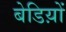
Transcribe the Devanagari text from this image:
बेडिय़ों